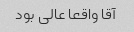
آقا واقعا عالی بود